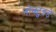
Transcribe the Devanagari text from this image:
नोक्टुइडे